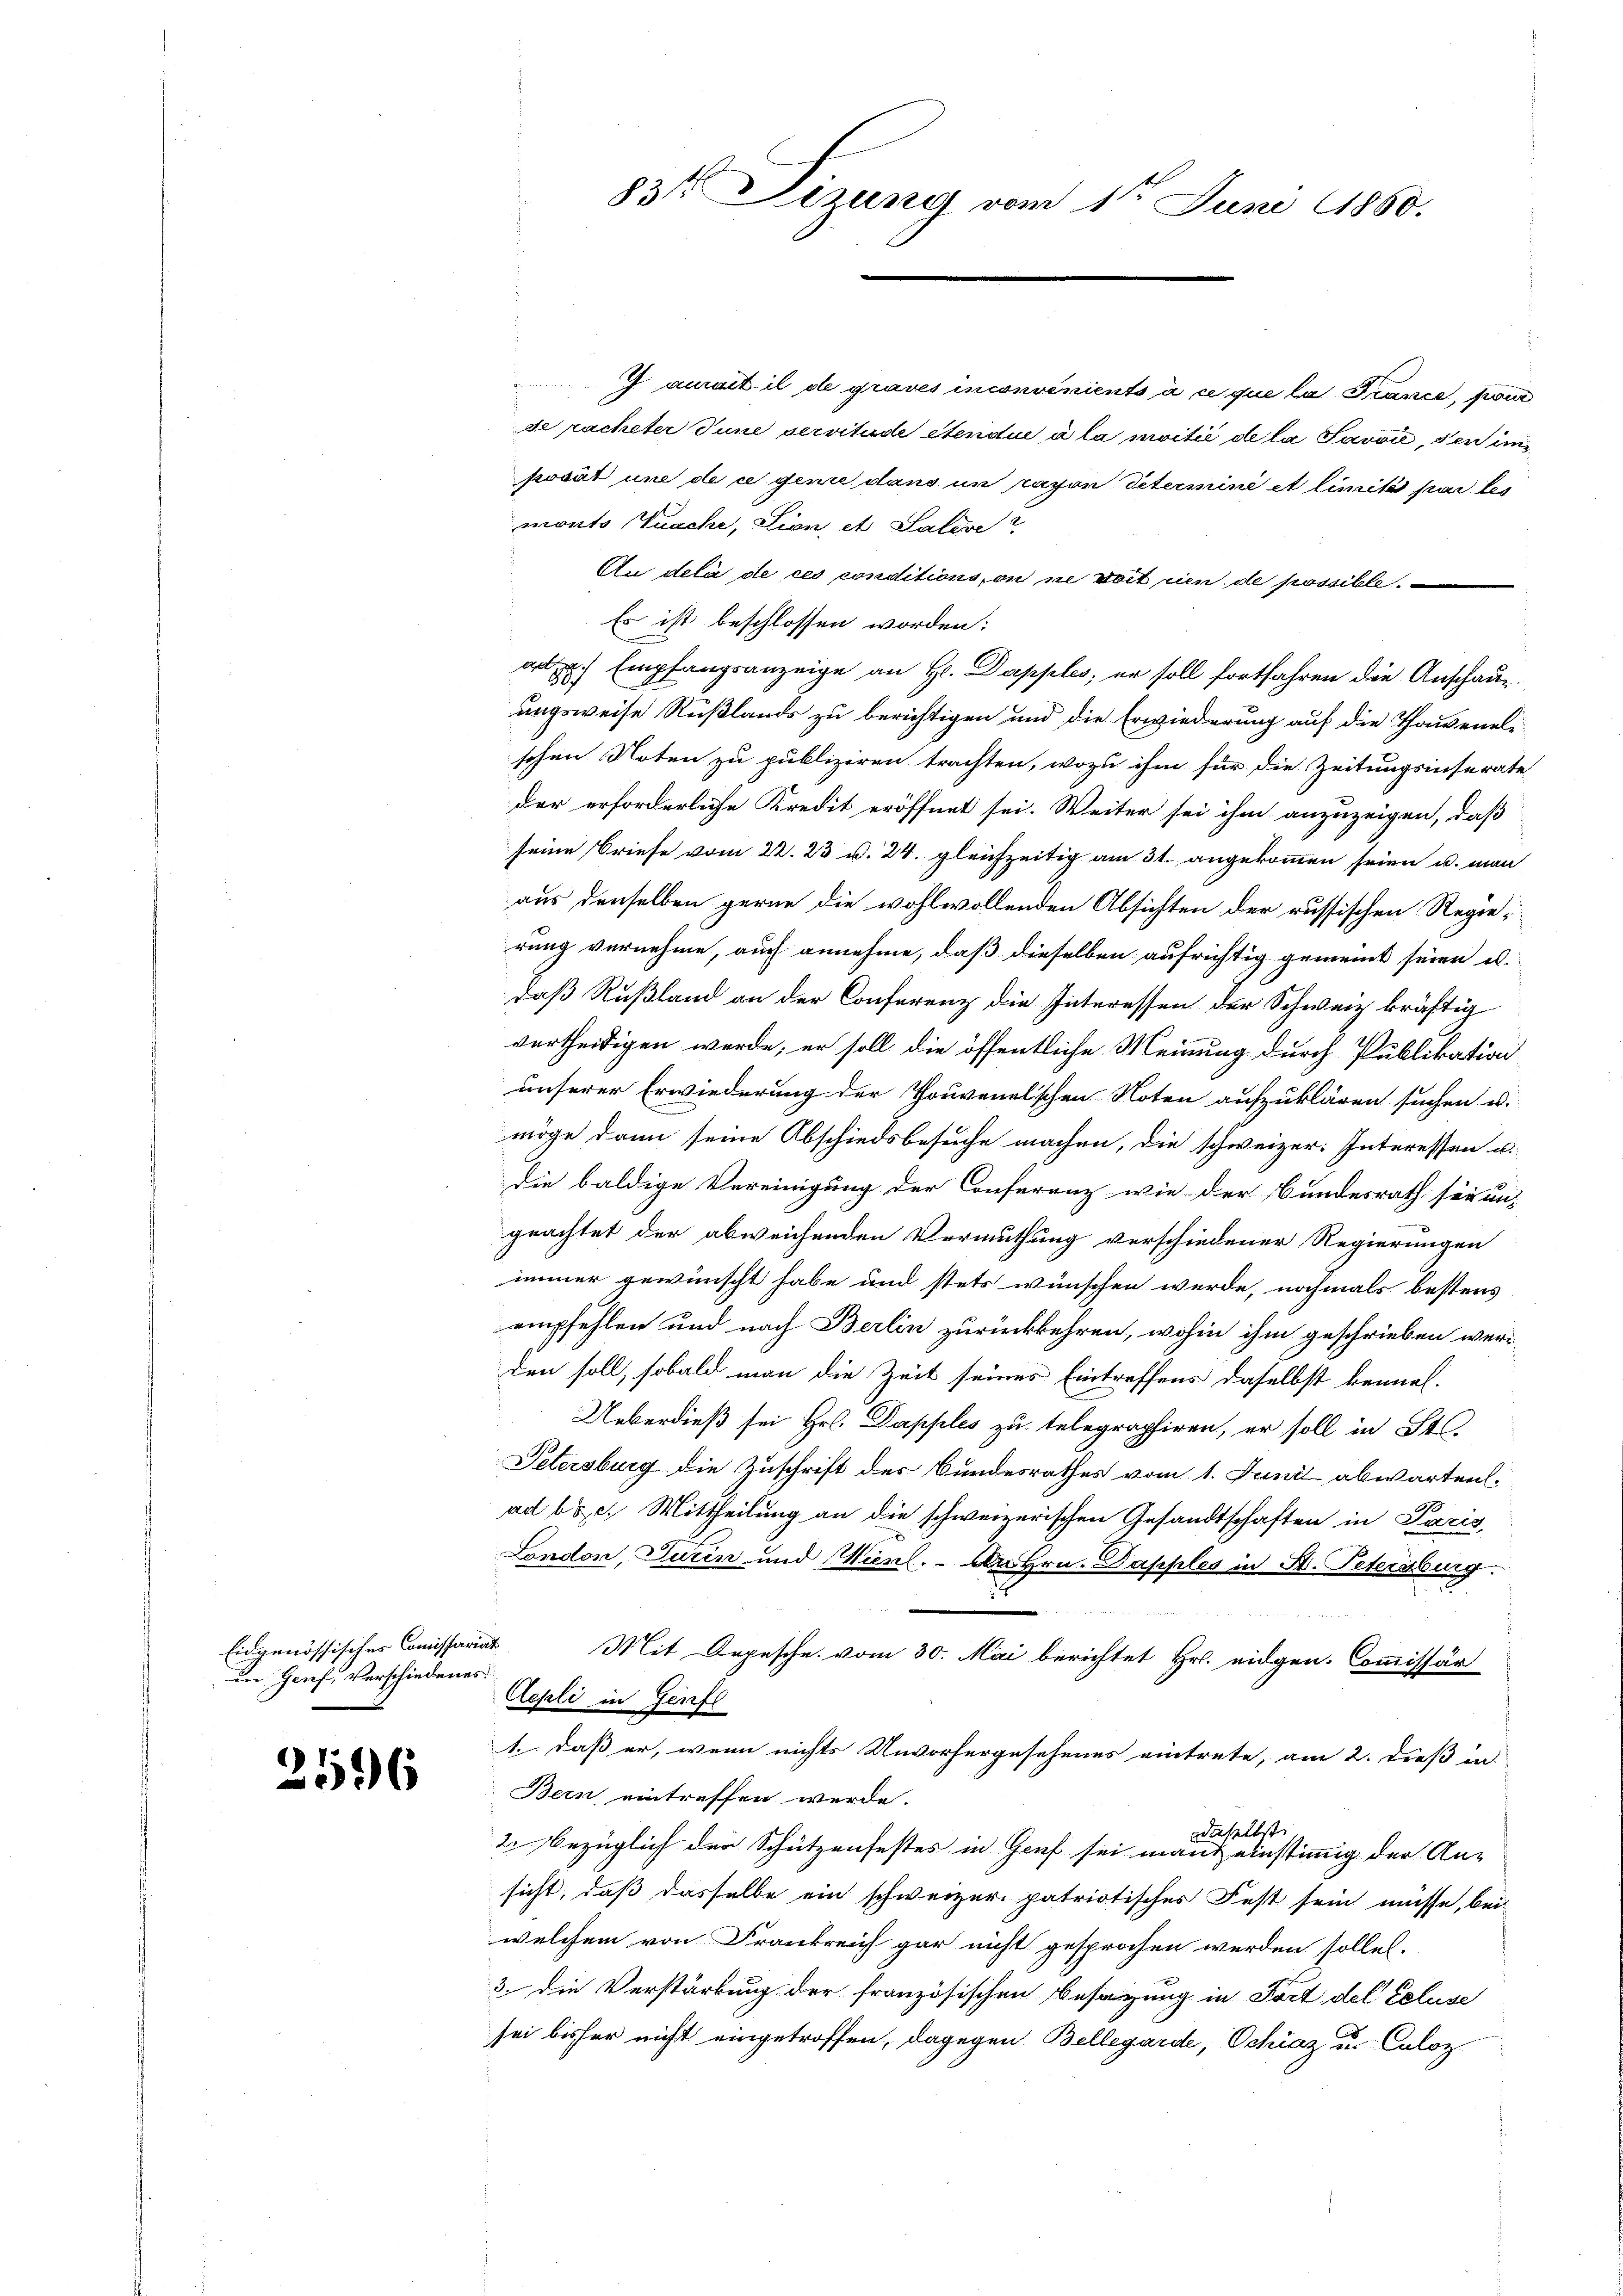
Eidgenössisches Comissariat
in Genf, Verschiedenes

e
6

ant il de graves inconvenients à ce que la France, pour
se racheter Tune servitude étendue à la moitié de la Savoie, den inposät und de ce genie dans un rayon Petermine et limité par les
monto Tusche, Lion, et Saleve
An delà de ces conditions, on ne doit rien de possible.
Es ist beschlossen worden:
au. Empfangsanzeige an Hr. Dapples, er soll fortfahren die Anschauungsweise Rußlands zu berichtigen und die Erwiederung auf die Thawenelischen Noten zu publiziren trachten, wozu ihm für die Zeitungsinserate
der erforderliche Kredit eröffnet sei. Weiter sei ihm anzuzeigen, daß
seine Briefe vom 22. 23. v. 24. gleichzeitig am 31. angekommen seien u. man
aus derselben gerne die wohlwollenden Absichten der russischen Regierung vernehme, auch annehme, daß dieselben aufrichtig gemeint seien u.
daß Rußland an der Conferenz die Interessen der Schweiz kräftig
vertheiligen werde; er soll die öffentliche Meinung durch Publikation
unserer Erwiederung der Thouvenelischen Noten aufzuklären suchen u.
möge dann seine Abschiedsbesuche machen, die schweizer. Interessen u.
die baldige Vereinigung der Conferenz wie der Bundesrath sei un-
geachtet der abweichenden Vermuthung verschiedener Regierungen
immer gewünscht habe und stets wünschen werde, nochmals bestens
empfehlen und nach Berlin zurückkehren, wohin ihm geschrieben werden soll, sobald man die Zeit seines Eintreffens daselbst kennel.
Ueberdieß sei Hr. Dapples zu telegraphiren, er soll in St.
Petersburg die Zuschrift des Bundesrathes vom 1. Juni abwarten.
ad böse. Mittheilung an die schweizerischen Gesandtschaften in Paris,
London, Turin und Wien. - Da Hrn. Dapples in A. Petersburg.
8
Mit Depesche vom 30. Mai berichtet Hr. eidgen. Commissär
Aepli in Genfe
1. daß er, wenn nichts Unvorhergesehenes eintrete, am 2. dieß in
Bern eintreffen werde.
daselbst
2. bezüglich der Schützenfestes in Genf sei mant einstimmig der An-
sicht, daß dasselbe ein schweizer patriotisches Fest sein müsse, bei
welchem von Frankreich gar nicht gesprochen werden sollet.
3. die Verstärkung der französischen Besagung in Fort del Celuse
sei bisher nicht eingetroffen, dagegen Bellegarde, Schraz u. Caloz

83t Sizung vom 1ten Juni 1860.